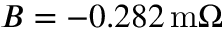
B = - 0 . 2 8 2 \, \mathrm { m } \Omega